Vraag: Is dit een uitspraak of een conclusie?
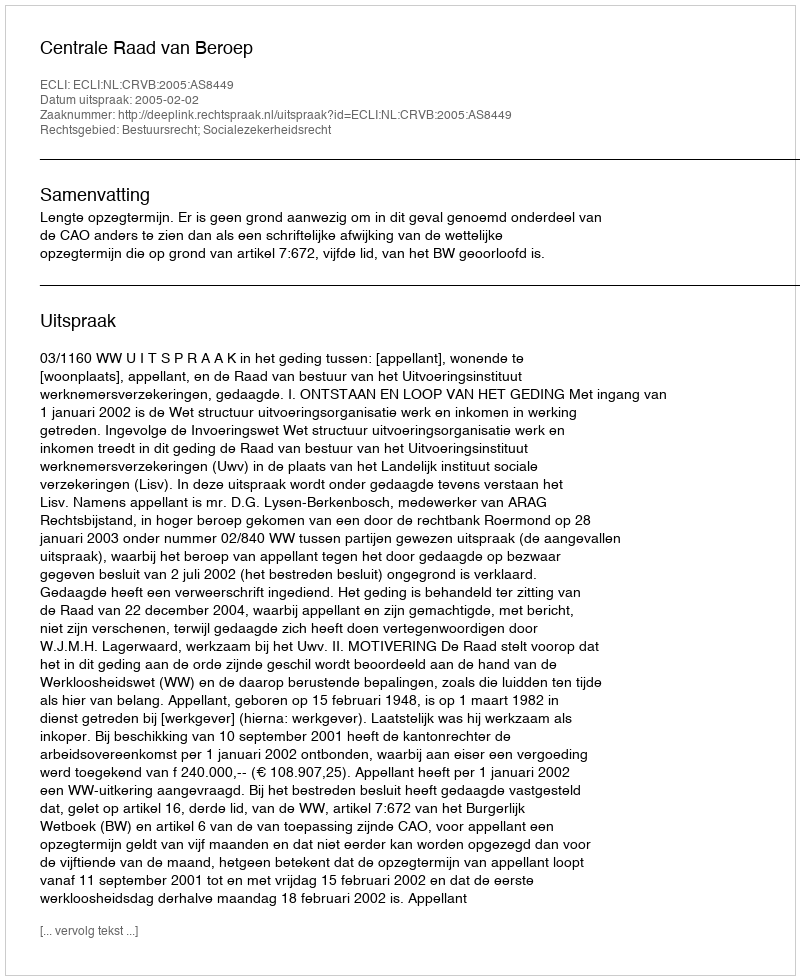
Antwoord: Uitspraak